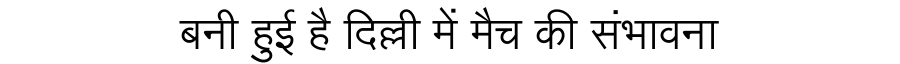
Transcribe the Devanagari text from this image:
बनी हुई है दिल्ली में मैच की संभावना